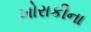
ખોરાકીના